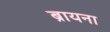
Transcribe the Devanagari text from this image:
ब्रायना